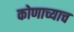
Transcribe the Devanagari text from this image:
कोणाच्याच